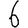
Digit: 6